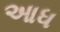
આધ